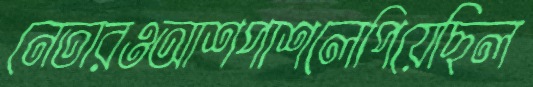
নেতারওআশপাশলেপিয়েছিল